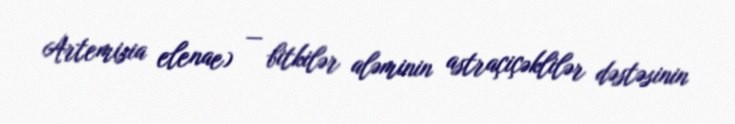
Artemisia elenae) — bitkilər aləminin astraçiçəklilər dəstəsinin